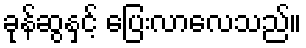
ခုန်ဆွနှင့် ပြေးလာလေသည်။